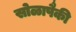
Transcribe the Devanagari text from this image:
सोळापैकी